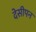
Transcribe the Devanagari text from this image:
देसीपन